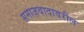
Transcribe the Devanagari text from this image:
समाजवादावरील